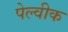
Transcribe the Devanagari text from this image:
पेल्वीक